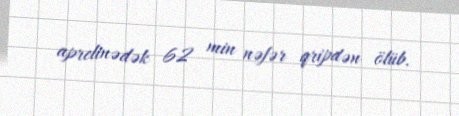
aprelinədək 62 min nəfər qripdən ölüb.